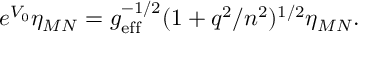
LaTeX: e ^ { V _ { 0 } } \eta _ { M N } = g _ { \mathrm { e f f } } ^ { - 1 / 2 } ( 1 + q ^ { 2 } / n ^ { 2 } ) ^ { 1 / 2 } \eta _ { M N } .